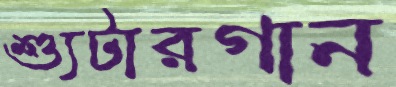
শ্যুটারগান